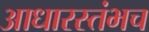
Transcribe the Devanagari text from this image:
आधारस्तंभच